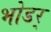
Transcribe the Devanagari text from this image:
भोडर्